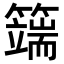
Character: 𥵣